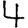
Digit: 4